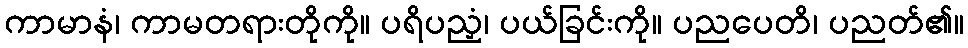
ကာမာနံ၊ ကာမတရားတိုကို။ ပရိပညှံ၊ ပယ်ခြင်းကို။ ပညပေတိ၊ ပညတ်၏။